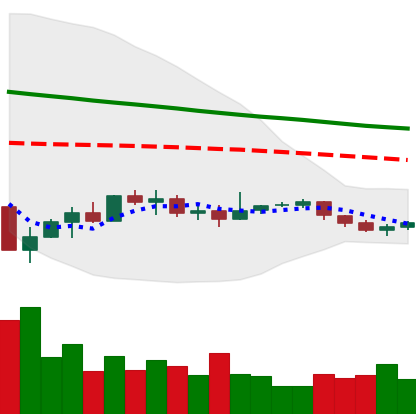
Ticker: EOS-USD
Chart end date: 2019-12-13
Forward return: -6.258%
Label: down_5_7